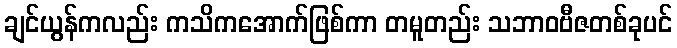
ချင်ယွန်ကလည်း ကသိကအောက်ဖြစ်ကာ တမူတည်း သဘာဝဗီဇတစ်ခုပင်